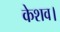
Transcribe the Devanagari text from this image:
केशव।